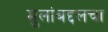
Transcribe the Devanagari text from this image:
मुलांबद्दलचा